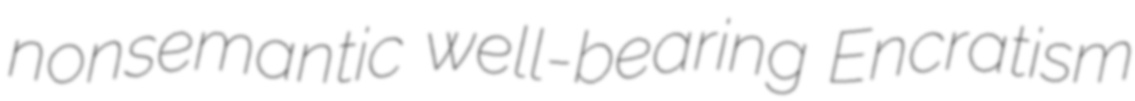
nonsemantic well-bearing Encratism